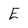
Character: E